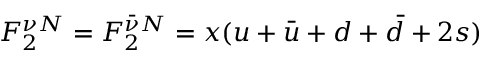
F _ { 2 } ^ { \nu N } = F _ { 2 } ^ { \bar { \nu } N } = x ( u + \bar { u } + d + \bar { d } + 2 s )